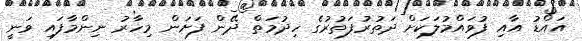
އައްޑު އާއި ފުވައްމުލަކަށް ދަތުރުފަތުރުގެ ހިދުމަތް ދޭން ފަށަން މިހާރު ނިންމާފައި ވަނީ